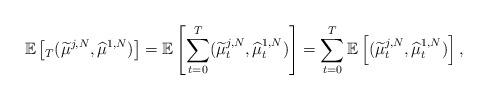
LaTeX: \begin{align*}\mathbb{E}\left[ _T(\widetilde{\mu}^{j,N},\widehat{\mu}^{1,N})\right]=\mathbb{E}\left[ \sum_{t=0}^T(\widetilde{\mu}^{j,N}_t,\widehat{\mu}^{1,N}_t)\right]= \sum_{t=0}^T\mathbb{E}\left[ (\widetilde{\mu}^{j,N}_t,\widehat{\mu}^{1,N}_t)\right],\end{align*}